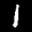
Label: 1